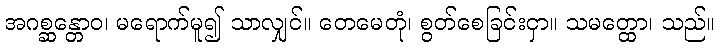
အဂစ္ဆန္တောဝ၊ မရောက်မူ၍ သာလျှင်။ တေမေတုံ၊ စွတ်စေခြင်းငှာ။ သမတ္ထော၊ သည်။